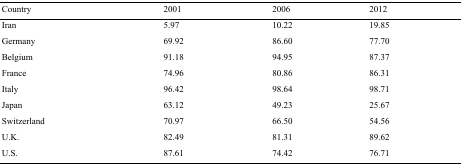
<table><thead><tr><td><b>Country</b></td><td><b>2001</b></td><td><b>2006</b></td><td><b>2012</b></td></tr></thead><tbody><tr><td>Iran</td><td>5.97</td><td>10.22</td><td>19.85</td></tr><tr><td>Germany</td><td>69.92</td><td>86.60</td><td>77.70</td></tr><tr><td>Belgium</td><td>91.18</td><td>94.95</td><td>87.37</td></tr><tr><td>France</td><td>74.96</td><td>80.86</td><td>86.31</td></tr><tr><td>Italy</td><td>96.42</td><td>98.64</td><td>98.71</td></tr><tr><td>Japan</td><td>63.12</td><td>49.23</td><td>25.67</td></tr><tr><td>Switzerland</td><td>70.97</td><td>66.50</td><td>54.56</td></tr><tr><td>U.K.</td><td>82.49</td><td>81.31</td><td>89.62</td></tr><tr><td>U.S.</td><td>87.61</td><td>74.42</td><td>76.71</td></tr></tbody></table>